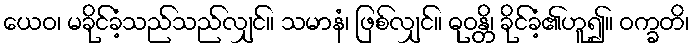
ယေဝ၊ မခိုင်ခံ့သည်သည်လျှင်။ သမာနံ၊ ဖြစ်လျှင်။ ဓုဝန္တိ၊ ခိုင်ခံ့၏ဟူ၍။ ဝက္ခတိ၊